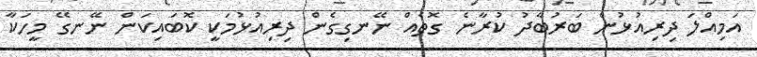
އަމިއްލަ ދިރިއުޅުން ބަރުބާދު ކުރާނެ ގޮތެއް ނޭނގިގެން ދިރިއުޅުމަކީ ކޮބައިކަން ނޭނގޭ މީހަކާ